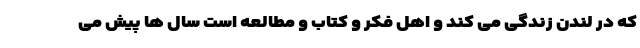
که در لندن زندگی می کند و اهل فکر و کتاب و مطالعه است سال ها پیش می